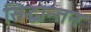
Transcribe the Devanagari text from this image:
सिद्धान्तन